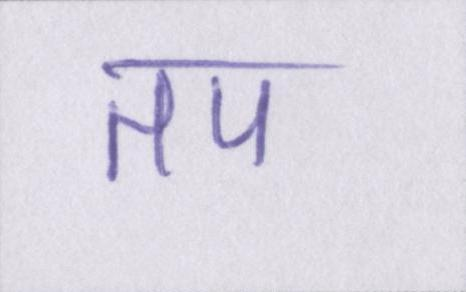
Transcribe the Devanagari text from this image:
तप